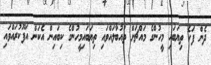
ދެން ފަހެ ތިޔަބައި މީހުންގެ މައްޗަށް ތައުބާލައްވައި ތިޔަބައިމީހުންގެ ކިބައިން އެކަން އަފޫކުރައްވައި